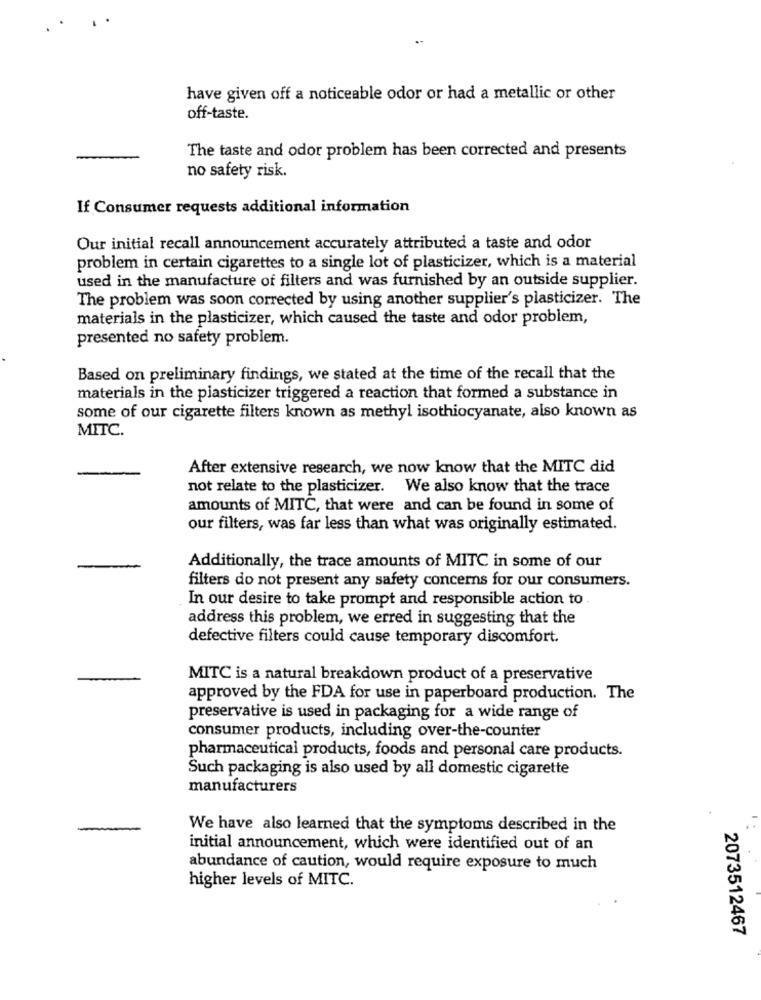
have given off a noticeable odor or had a metallic or other
off-taste.
The taste and odor problem has been corrected and presents
no safety risk.
If Consumer requests additional information
Our initial recall announcement accurately attributed a taste and odor
problem in certain cigarettes to a single lot of plasticizer, which is a material
used in the manufacture of filters and was furnished by an outside supplier.
The problem was soon corrected by using another supplier's plasticizer. The
materials in the plasticizer, which caused the taste and odor problem,
presented no safety problem.
Based on preliminary findings, we stated at the time of the recall that the
materials in the plasticizer triggered a reaction that formed a substance in
some of our cigarette filters known as methyl isothiocyanate, also known as
MITC.
After extensive research, we now know that the MITC did
not relate to the plasticizer. We also know that the trace
amounts of MITC, that were and can be found in some of
our filters, was far less than what was originally estimated.
Additionally, the trace amounts of MITC in some of our
filters do not present any safety concerns for our consumers.
In our desire to take prompt and responsible action to
address this problem, we erred in suggesting that the
defective filters could cause temporary discomfort.
MITC is a natural breakdown product of a preservative
approved by the FDA for use in paperboard production. The
preservative is used in packaging for a wide range of
consumer products, including over-the-counter
pharmaceutical products, foods and personal care products.
Such packaging is also used by all domestic cigarette
manufacturers
-
We have also learned that the symptoms described in the
initial announcement, which were identified out of an
abundance of caution, would require exposure to much
higher levels of MITC.
2073512467